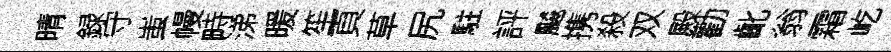
晴録守蚩幔畤涕暖笙頁草尻駐評飇携殺双殿勸齔翁霜屹